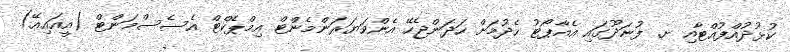
ކުޅުދުއްފުއްޓާއި ށ. ފުނަދޫގައި އެއާޕޯޓު ހެދުމަށް ހަދަންޖެހޭ އެންވަޔަރަންމެންޓް އިމްޕެކްޓް އެސެސްމަންޓް (އީއައިއޭ)